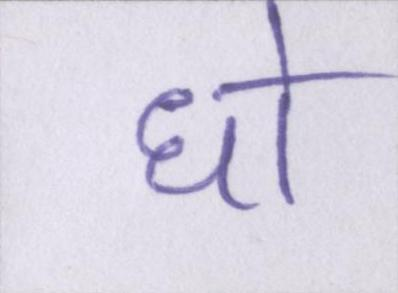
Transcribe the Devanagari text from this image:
धो